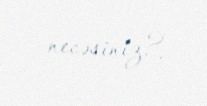
necəsiniz?.